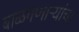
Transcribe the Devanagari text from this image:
बाळगणाऱ्यांचा